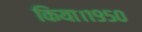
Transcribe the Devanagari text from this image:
किया।१९५०